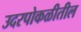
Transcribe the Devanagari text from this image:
उदरपोकळीतील